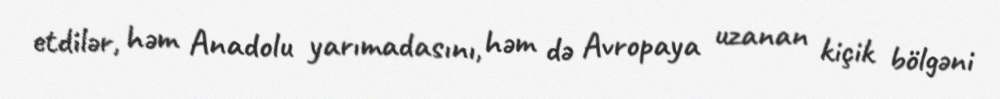
etdilər, həm Anadolu yarımadasını, həm də Avropaya uzanan kiçik bölgəni